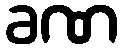
ခဏ